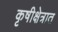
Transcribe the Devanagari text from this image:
कृषीक्षेत्रात